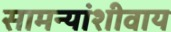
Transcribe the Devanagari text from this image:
सामन्यांशीवाय